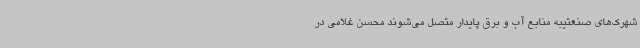
شهرک‌های صنعتیبه منابع آب و برق پایدار متصل می‌شوند محسن غلامی در